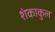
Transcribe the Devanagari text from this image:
शंकाकुल